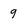
Character: 9